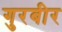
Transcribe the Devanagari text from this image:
गुरबीर